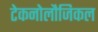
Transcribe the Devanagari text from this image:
टेकनोलौजिकल